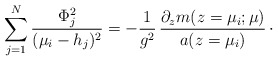
\begin{align*}\sum_{j=1}^{N} {\Phi_{j}^{2}\over (\mu_{i}-h_{j})^{2}} = -{1\over g^{2}}\, {\partial_{z} m (z=\mu_{i};\mu)\over a(z=\mu_{i})}\, \cdotp\end{align*}